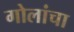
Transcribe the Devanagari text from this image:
गोलांचा